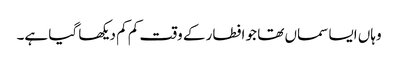
وہاں ایسا سماں تھا جو افطار کے وقت کم کم دیکھا گیا ہے۔